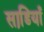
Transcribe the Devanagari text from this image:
साडि़याँ